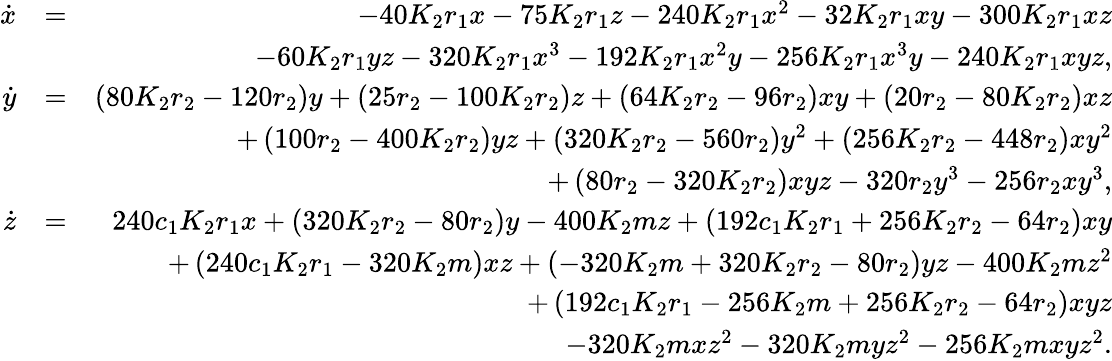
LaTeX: \begin{array}{rlr}{\dot{x}}&{=}&{-40K_{2}r_{1}x-75K_{2}r_{1}z-240K_{2}r_{1}x^{2}-32K_{2}r_{1}xy-300K_{2}r_{1}xz}\\ &{}&{-60K_{2}r_{1}yz-320K_{2}r_{1}x^{3}-192K_{2}r_{1}x^{2}y-256K_{2}r_{1}x^{3}y-240K_{2}r_{1}xyz,}\\ {\dot{y}}&{=}&{\left(80K_{2}r_{2}-120r_{2}\right)y+\left(25r_{2}-100K_{2}r_{2}\right)z+\left(64K_{2}r_{2}-96r_{2}\right)xy+\left(20r_{2}-80K_{2}r_{2}\right)xz}\\ &{}&{+\left(100r_{2}-400K_{2}r_{2}\right)yz+\left(320K_{2}r_{2}-560r_{2}\right)y^{2}+\left(256K_{2}r_{2}-448r_{2}\right)xy^{2}}\\ &{}&{+\left(80r_{2}-320K_{2}r_{2}\right)xyz-320r_{2}y^{3}-256r_{2}xy^{3},}\\ {\dot{z}}&{=}&{240c_{1}K_{2}r_{1}x+\left(320K_{2}r_{2}-80r_{2}\right)y-400K_{2}mz+\left(192c_{1}K_{2}r_{1}+256K_{2}r_{2}-64r_{2}\right)xy}\\ &{}&{+\left(240c_{1}K_{2}r_{1}-320K_{2}m\right)xz+\left(-320K_{2}m+320K_{2}r_{2}-80r_{2}\right)yz-400K_{2}mz^{2}}\\ &{}&{+\left(192c_{1}K_{2}r_{1}-256K_{2}m+256K_{2}r_{2}-64r_{2}\right)xyz}\\ &{}&{-320K_{2}mxz^{2}-320K_{2}myz^{2}-256K_{2}mxyz^{2}.}\end{array}